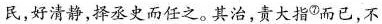
民，好清静，择丞史而任之。其治，责大指^{⑦}而已，不